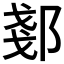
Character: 𫑠